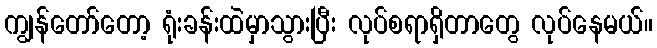
ကျွန်တော်တော့ ရုံးခန်းထဲမှာသွားပြီး လုပ်စရာရှိတာတွေ လုပ်နေမယ်။